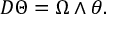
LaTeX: D \Theta = \Omega \wedge \theta .